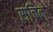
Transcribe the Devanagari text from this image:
सचिन्